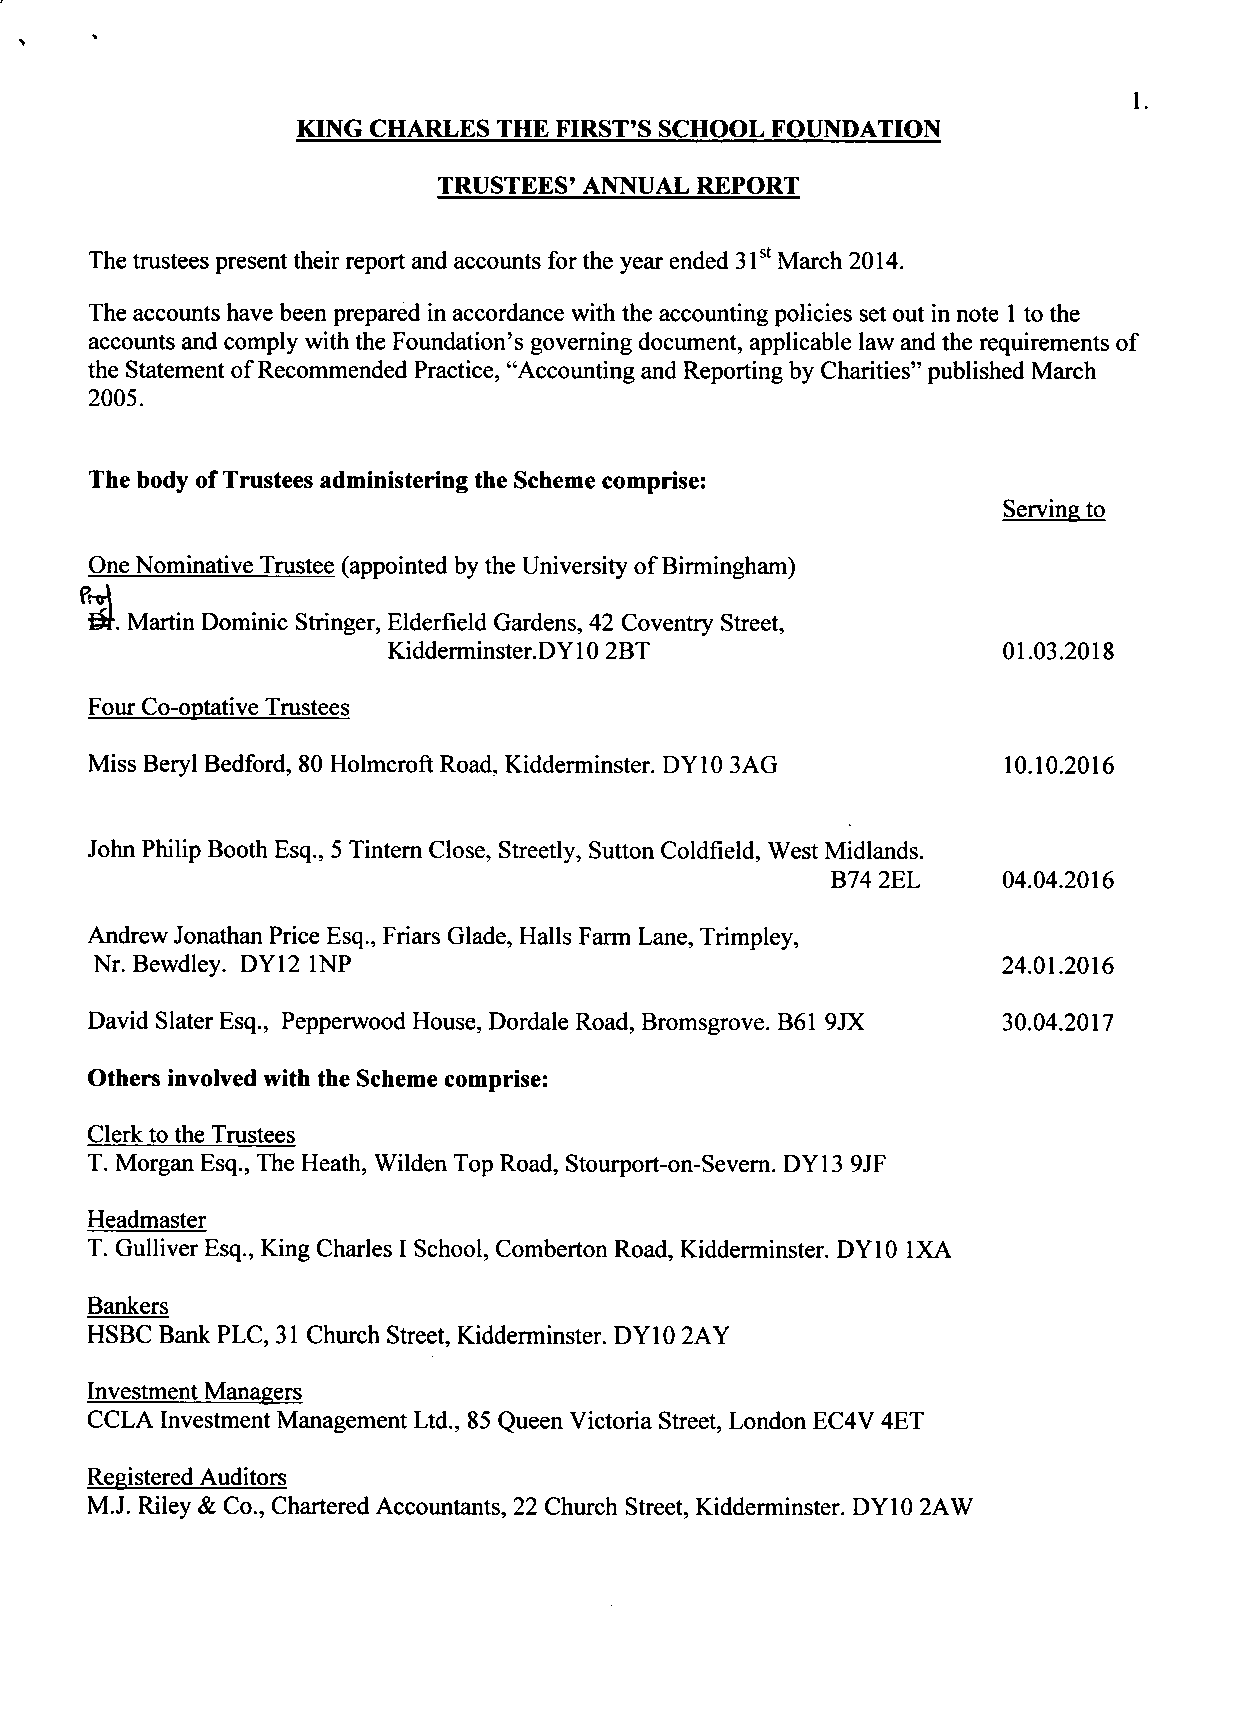
1.
 KING CHARLES THE FIRST'S SCHOOL FOUNDATION
 TRUSTEES' ANNUAL REPORT
 The trustees present their report and accounts for the year ended 31st March 2014.
 The accounts have been prepared in accordance with the accounting policies set out in note 1 to the
 accounts and comply with the Foundation's governing document, applicable law and the requirements of
 the Statement of Recommended Practice, "Accounting and Reporting by Charities" published March
 2005.
 The body of Trustees administering the Scheme comprise:
 Serving to
 One Nominative Trustee (appointed by the University of Birmingham)
 f£r. Martin Dominic Stringer, Elderfield Gardens, 42 Coventry Street,
 Kidderminster.DY10 2BT                   01.03.2018
 Four Co-optative Trustees
 Miss Beryl Bedford, 80 Holmcroft Road, Kidderminster. DY10 3AG 10.10.2016
 John Philip Booth Esq., 5 Tintern Close, Streetly, Sutton Coldfield, West Midlands.
 B74 2EL     04.04.2016
 Andrew Jonathan Price Esq., Friars Glade, Halls Farm Lane, Trimpley,
 Nr. Bewdley. DY12 1NP                                        24.01.2016
 David Slater Esq., Pepperwood House, Dordale Road, Bromsgrove. B61 9JX 30.04.2017
 Others involved with the Scheme comprise:
 Clerk to the Trustees
 T. Morgan Esq., The Heath, Wilden Top Road, Stourport-on-Severn. DY13 9JF
 Headmaster
 T. Gulliver Esq., King Charles I School, Comberton Road, Kidderminster. DY10 1XA
 Bankers
 HSBC Bank PLC, 31 Church Street, Kidderminster. DY10 2AY
 Investment Managers
 CCLA Investment Management Ltd., 85 Queen Victoria Street, London EC4V 4ET
 Registered Auditors
 M.J. Riley & Co., Chartered Accountants, 22 Church Street, Kidderminster. DY10 2AW